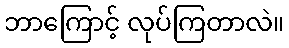
ဘာကြောင့် လုပ်ကြတာလဲ။